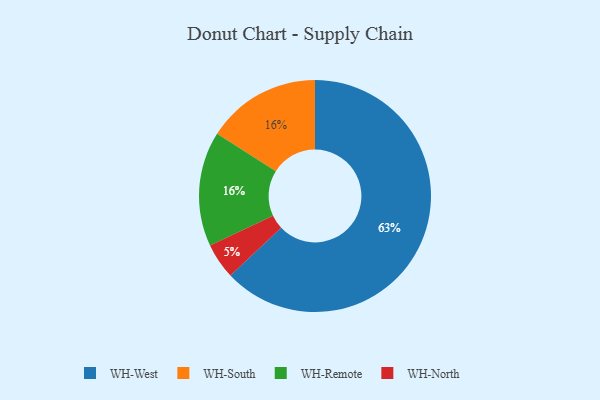
{"axis": {"x": "Category", "y": "Percentage"}, "legend": ["WH-North", "WH-Remote", "WH-South", "WH-West"], "data": [{"x": "WH-West", "y": 63, "type": "WH-West"}, {"x": "WH-South", "y": 16, "type": "WH-South"}, {"x": "WH-Remote", "y": 16, "type": "WH-Remote"}, {"x": "WH-North", "y": 5, "type": "WH-North"}]}